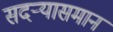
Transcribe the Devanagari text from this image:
सदर्‍यासमान